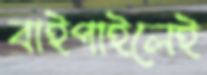
বাইপাইলেই